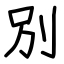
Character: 別